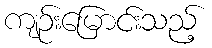
ကျဉ်းမြောင်းသည့်